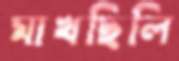
মাখছিলি